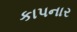
કાપનાર